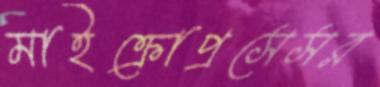
মাইক্রোপ্রসেসর